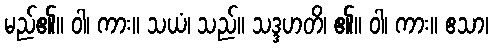
မည်၏။ ဝါ၊ ကား။ သယံ၊ သည်။ သဒ္ဒဟတိ၊ ၏။ ဝါ၊ ကား။ ဧသာ၊